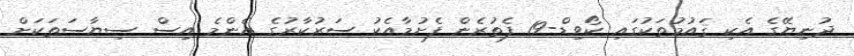
ދުނިޔޭގެ އެކި ޤައުމުތަކުގައި ކޯވިޑް-19 ފެތުރެން ފެށުމާއެކު ސަރުކާރުގެ އެންމެ އިސް ސިޔާސަތަކަށް